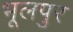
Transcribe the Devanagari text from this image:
भूलपुर